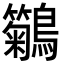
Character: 𪇢